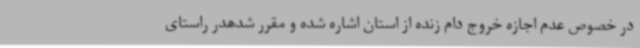
در خصوص عدم اجازه خروج دام زنده از استان اشاره شده و مقرر شدهدر راستای